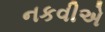
નકવીએ